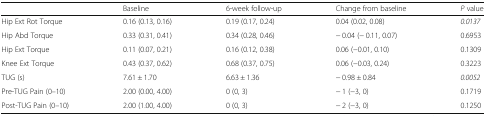
<table><thead><tr><td></td><td><b>Baseline</b></td><td><b>6-week follow-up</b></td><td><b>Change from baseline</b></td><td><b><i>P</i> value</b></td></tr></thead><tbody><tr><td>Hip Ext Rot Torque</td><td>0.16 (0.13, 0.16)</td><td>0.19 (0.17, 0.24)</td><td>0.04 (0.02, 0.08)</td><td><i>0.0137</i></td></tr><tr><td>Hip Abd Torque</td><td>0.33 (0.31, 0.41)</td><td>0.34 (0.28, 0.46)</td><td>− 0.04 (− 0.11, 0.07)</td><td>0.6953</td></tr><tr><td>Hip Ext Torque</td><td>0.11 (0.07, 0.21)</td><td>0.16 (0.12, 0.38)</td><td>0.06 (−0.01, 0.10)</td><td>0.1309</td></tr><tr><td>Knee Ext Torque</td><td>0.43 (0.37, 0.62)</td><td>0.68 (0.37, 0.75)</td><td>0.06 (−0.03, 0.24)</td><td>0.3223</td></tr><tr><td>TUG (s)</td><td>7.61 ± 1.70</td><td>6.63 ± 1.36</td><td>− 0.98 ± 0.84</td><td><i>0.0052</i></td></tr><tr><td>Pre-TUG Pain (0–10)</td><td>2.00 (0.00, 4.00)</td><td>0 (0, 3)</td><td>− 1 (−3, 0)</td><td>0.1719</td></tr><tr><td>Post-TUG Pain (0–10)</td><td>2.00 (1.00, 4.00)</td><td>0 (0, 3)</td><td>− 2 (−3, 0)</td><td>0.1250</td></tr></tbody></table>